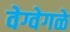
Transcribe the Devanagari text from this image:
वेग्वेगळे